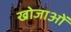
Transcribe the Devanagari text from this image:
खोजाओं